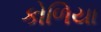
કોળિયા